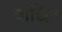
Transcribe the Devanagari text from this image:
वाछिंत